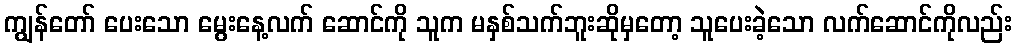
ကျွန်တော် ပေးသော မွေးနေ့လက် ဆောင်ကို သူက မနှစ်သက်ဘူးဆိုမှတော့ သူပေးခဲ့သော လက်ဆောင်ကိုလည်း